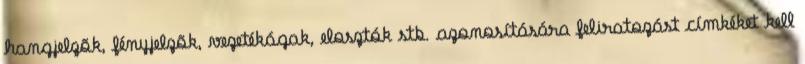
hangjelzõk, fényjelzõk, vezetékágak, elosztók stb. azonosítására feliratozást címkéket kell